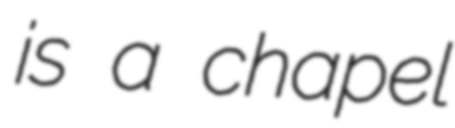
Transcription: is a chapel